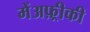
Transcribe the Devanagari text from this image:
मेंअफ़्रीकी